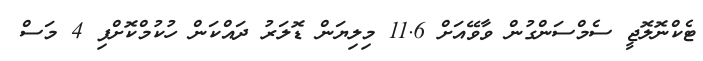
ޓެކްނޮލޮޖީ ސެމްސަންގުން ވާވޭއަށް 11.6 މިލިޔަން ޑޮލަރު ދައްކަން ހުކުމްކޮށްފި 4 މަސް